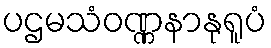
ပဌမသံဝဏ္ဏနာနုရူပံ